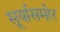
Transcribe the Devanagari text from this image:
सूर्यासमोर